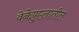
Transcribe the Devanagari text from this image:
वेनेझुएलातील